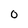
Character: 0